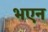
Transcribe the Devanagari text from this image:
भएन